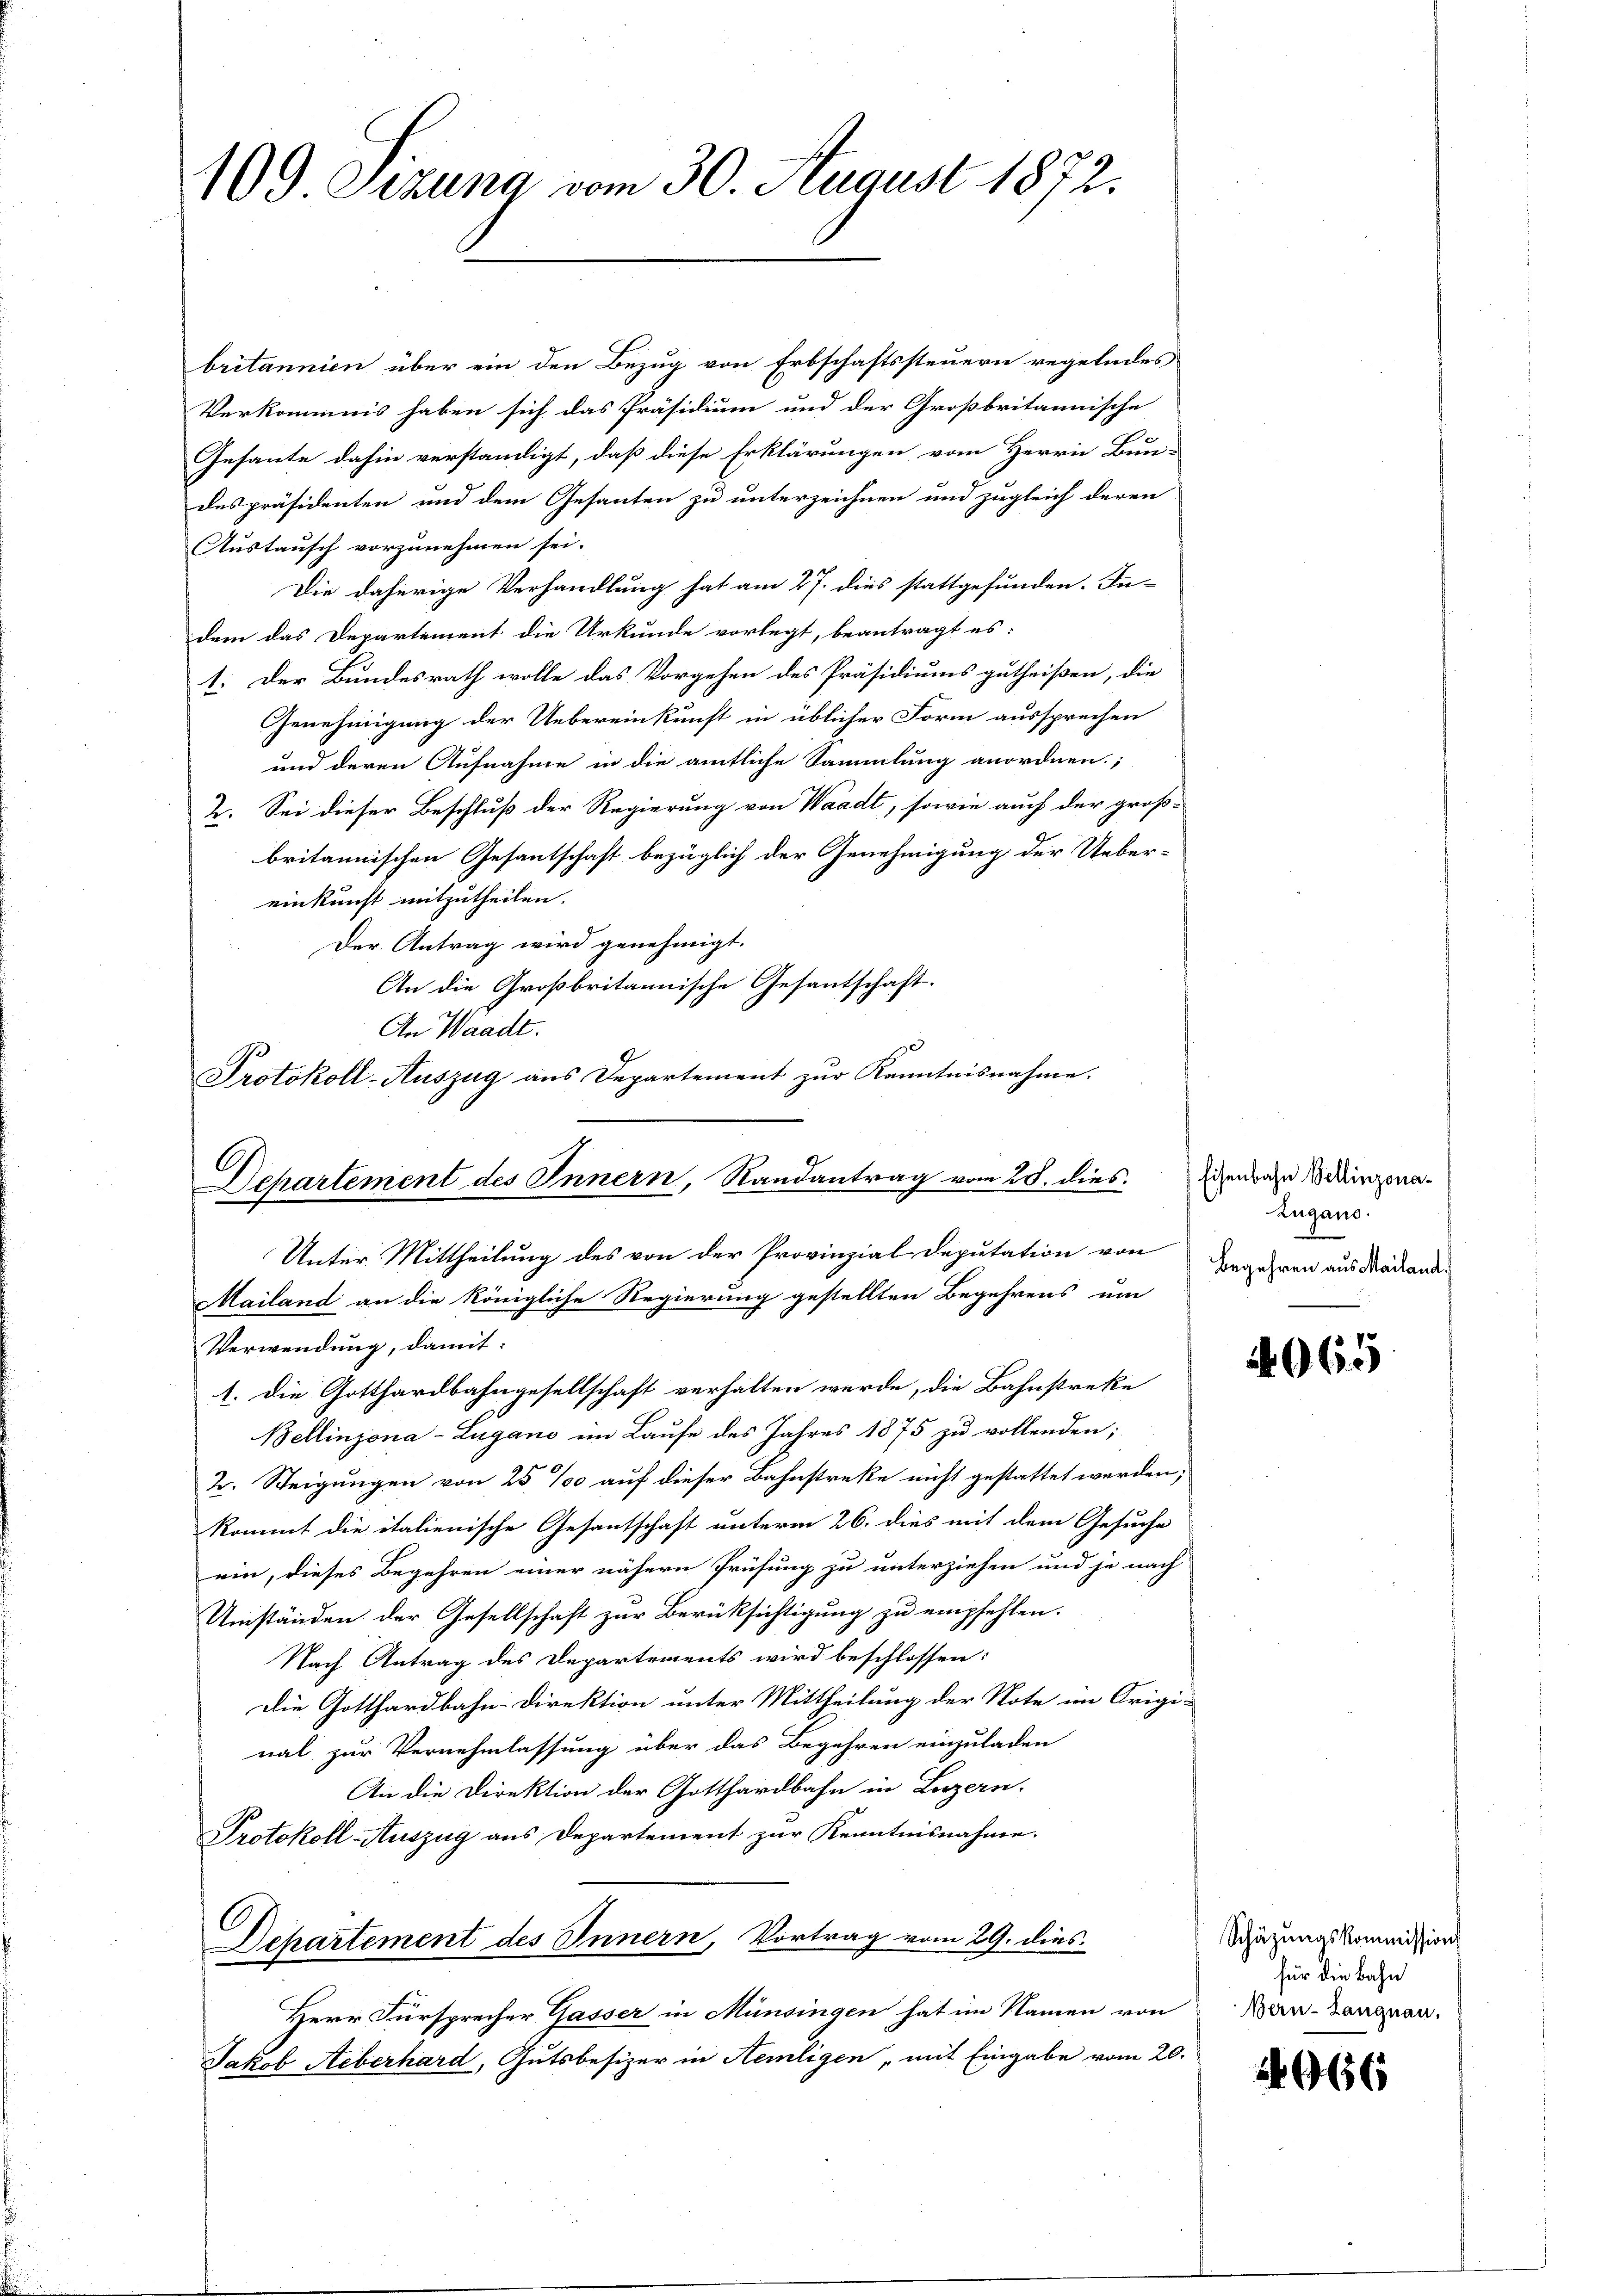
109 Sizung vom 30. August 1872.

britannien über ein den Bezug von Erbschaftssteuern regelndes
Verkommnis haben sich das Präsidium und der Großbritannische
Gesante dahin verständigt, daß diese Erklärungen vom Herrn Bun-
despräsidenten und dem Gesanten zu unterzeichnen und zugleich deren
Austausch vorzunehmen sei.
Die daherige Verhandlung hat am 27. dies stattgefunden. In-
dem das Departement die Urkunde vorlegt, beantragt es:
1. Der Bundesrath wolle das Vorgehen des Präsidiums gutheißen, die
Genehmigung der Uebereinkunft in üblicher Form aussprechen
und deren Aufnahme in die amtliche Sammlung anordnen;
2. Sei dieser Beschluß der Regierung von Waadt, sowie auch der groß-
britannischen Gesantschaft bezüglich der Genehmigung der Ueber-
einkunft mitzutheilen.
Der Antrag wird genehmigt.
An die Großbritannische Gesantschaft.
An Waadt.
Protokoll-Auszug aus Departement zŭr Kenntnisnahme.
C
Departement des Innern, Randantrag vom 25. dies

Unter Mittheilung des von der Provinzial Deputation von

Mailand an die königliche Regierung gestellten Begehrens um
Verwendung, damit:
1. Die Gotthardbahngesellschaft verhalten werde, die Bahnstreke
Bellinzona-Lugano im Laufe des Jahres 1875 zu vollenden;
2. Steigungen von 25 % auf dieser Bahnstreke nicht gestattet werden,
kommt die italienische Gesantschaft unterm 26. dies mit dem Gesuche
ein, dieses Begehren einer nähern Prüfung zu unterziehen und je nach
Umständen der Gesellschaft zur Berücksichtigung zu empfehlen.
Nach Antrag des Departements wird beschlossen:
Die Gotthardbahn-Direktion unter Mittheilung der Note im Origi-
nal zur Vernehmlassung über das Begehren einzuladen
An die Direktion der Gotthardbahn in Luzern,
Protokoll Auszug aus Departement zŭr Kenntnisnahme.
Dehartement des Innern, Vortrag vom 29. dies
Herr Fürsprecher Gasser in Münsingen hat im Namen von
Jakob Aeberhard, Gutsbesizer in Hemligen, mit Eingabe vom 20.

Eisenbahn Bellinzona¬
Zugano.
Begehren aus Mailand,

4065

Schäzungskommission
für die Bahn
Bern-Langnau.

56